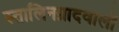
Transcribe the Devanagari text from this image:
स्तालिनग्रादवालों